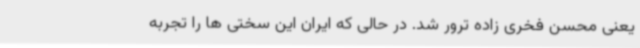
یعنی محسن فخری زاده ترور شد. در حالی که ایران این سختی ها را تجربه